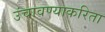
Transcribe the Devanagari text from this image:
उंचावण्याकरिता